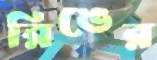
রিঙের